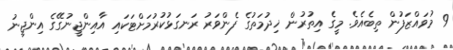
9 މުވައްޒަފުން ތިބެއެވެ. މީގެ އިތުރުން ޚިދުމަތުގެ ފެންވަރު ރަނގަޅުކުރުމަށްޓަކައި އާއިންޖީނުގޭގެ އިންޖީނު